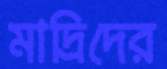
মাদ্রিদের